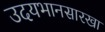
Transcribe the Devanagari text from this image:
उदयभानसारखा